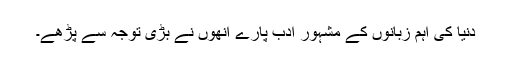
دنیا کی اہم زبانوں کے مشہور ادب پارے انھوں نے بڑی توجہ سے پڑھے۔